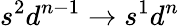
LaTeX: s^{2}d^{n-1}\to s^{1}d^{n}